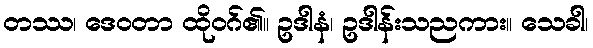
တဿ၊ ဒေဝတာ ထိုဝဂ်၏။ ဥဒါနံ၊ ဥဒါန်းသညကား။ သေခါ၊